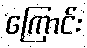
ကြောင်း